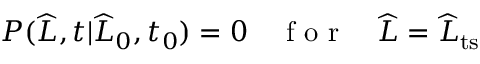
\begin{array} { r } { P ( \widehat { L } , t | \widehat { L } _ { 0 } , t _ { 0 } ) = 0 \quad \mathrm { ~ f ~ o ~ r ~ } \quad \widehat { L } = \widehat { L } _ { \mathrm { t s } } } \end{array}